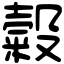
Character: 糓